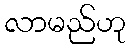
လာမည်ဟု